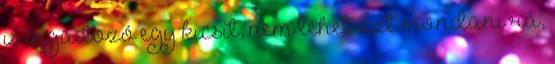
is ingadozó egy kicsit, nem lehet azt mondani rá,